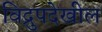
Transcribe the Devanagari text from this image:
विद्रुपदेखील